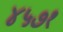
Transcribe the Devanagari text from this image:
४५७१